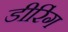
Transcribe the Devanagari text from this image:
डीरिंग